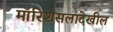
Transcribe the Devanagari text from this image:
मॉरिशसलादेखील